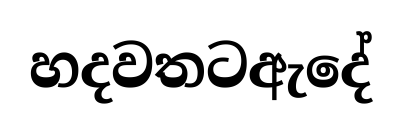
හදවතටඇදේ